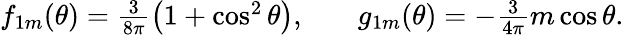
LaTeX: \begin{array}{rlr}{f_{1m}(\theta)=\frac{3}{8\pi}\left(1+\cos^{2}\theta\right),}&{{}}&{g_{1m}(\theta)=-\frac{3}{4\pi}m\cos\theta.}\end{array}